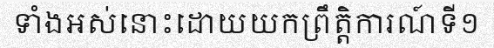
ទាំងអស់នោះដោយយកព្រឹត្តិការណ៍ទី១